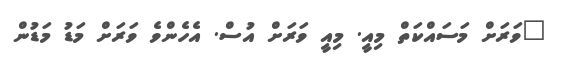
"ވަރަށް މަސައްކަތް މިއީ. މިއީ ވަރަށް އުސް. އެހެންވެ ވަރަށް މަޑު މަޑުން